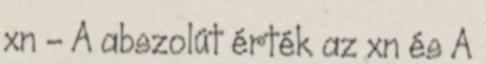
xn – A abszolút érték az xn és A